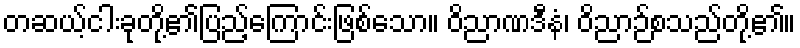
တဆယ့်ငါးခုတို့၏ပြည့်ကြောင်းဖြစ်သော။ ဝိညာဏဒီနံ၊ ဝိညာဉ်စသည်တို့၏။